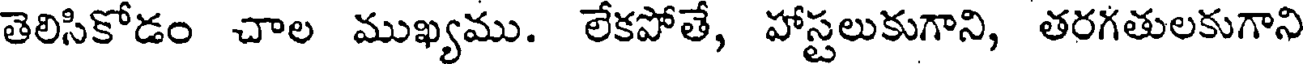
తెలిసికోడం చాల ముఖ్యము. లేకపోతే, హాస్టలుకుగాని, తరగతులకుగాని